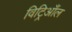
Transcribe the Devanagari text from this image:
विट्रिआँल